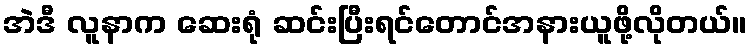
အဲဒီ လူနာက ဆေးရုံ ဆင်းပြီးရင်တောင်အနားယူဖို့လိုတယ်။